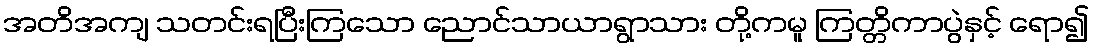
အတိအကျ သတင်းရပြီးကြသော ညောင်သာယာရွာသား တို့ကမူ ကြတ္တိကာပွဲနှင့် ရော၍